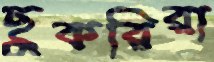
ছুকরিরা